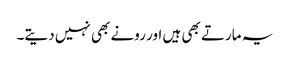
یہ مارتے بھی ہیں اور رونے بھی نہیں دیتے۔